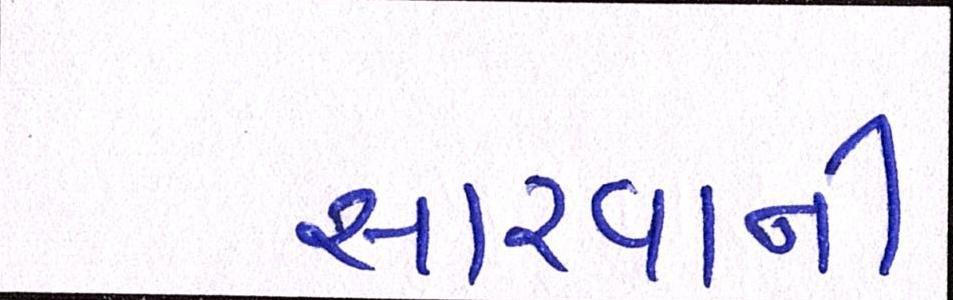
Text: સારવાની